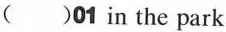
()01 in the park